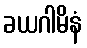
ခယဂါမိနံ